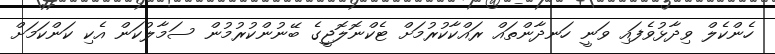
ހެންކެލް ވިދާޅުވެފައި ވަނީ ހަނދާންތައް ރައްކާކުރުމަށް ޓެކްނޮލޮޖީގެ ބޭނުންކުރުމުން ސަމާލުކަން އެކި ކަންކަމަށް